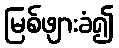
မြစ်ဖျားခံ၍